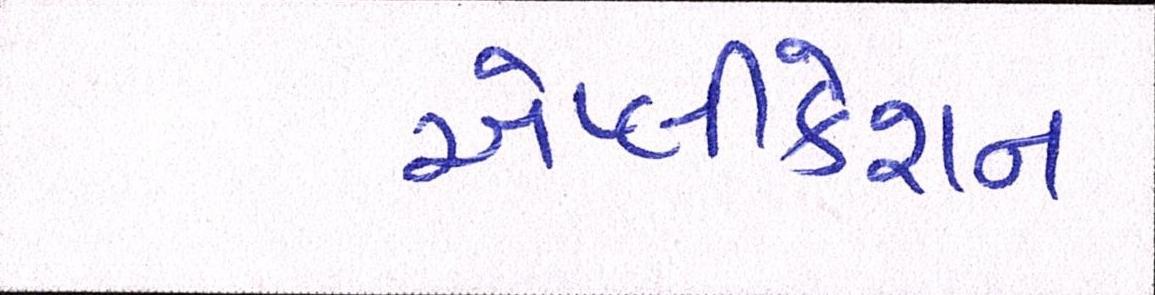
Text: એપ્લીકેશન